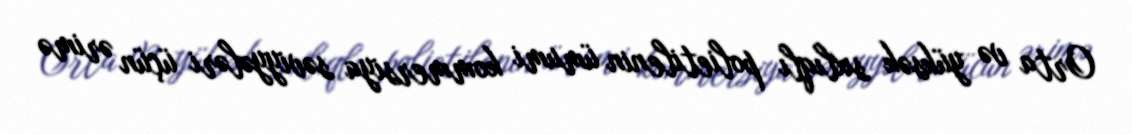
Orta və yüksək sıxlıqlı polietilenin ümumi kommersiya səviyyələri üçün ərimə